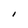
Character: I